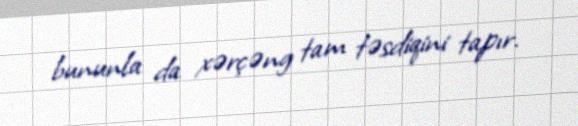
bununla da xərçəng tam təsdiqini tapır.